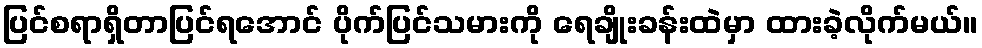
ပြင်စရာရှိတာပြင်ရအောင် ပိုက်ပြင်သမားကို ရေချိုးခန်းထဲမှာ ထားခဲ့လိုက်မယ်။